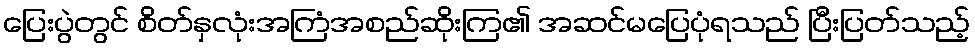
ပြေးပွဲတွင် စိတ်နှလုံးအကြံအစည်ဆိုးကြ၏ အဆင်မပြေပုံရသည် ပြီးပြတ်သည့်